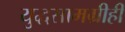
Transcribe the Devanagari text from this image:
युद्धसामग्रीही